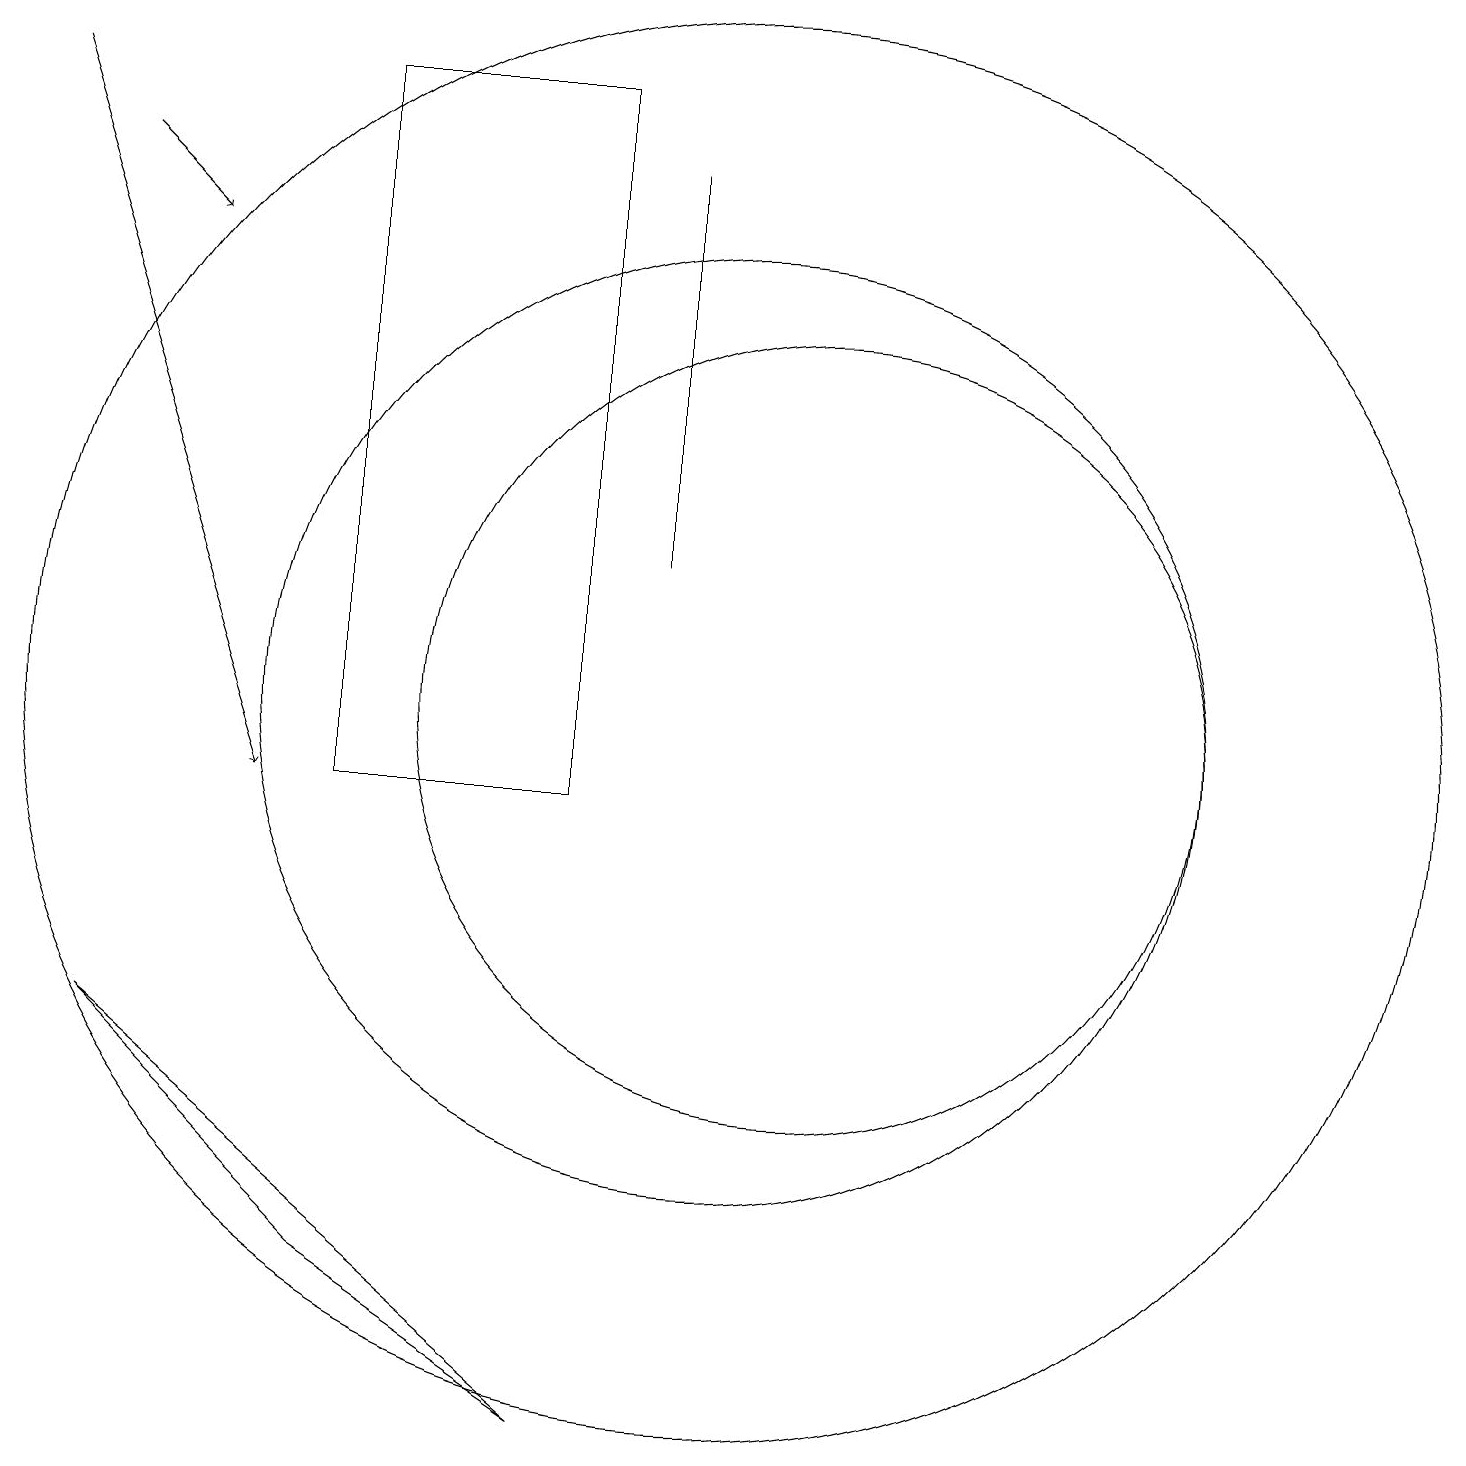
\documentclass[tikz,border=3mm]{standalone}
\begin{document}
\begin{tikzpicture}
\draw (11,11) circle (5);
\draw[->] (2,18) -- (3,17);
\draw (9,18) rectangle (9,13);
\draw (2,7) -- (5,4) -- (8,2) -- cycle;
\draw (10,11) circle (9);
\draw (8,10) rectangle (5,19);
\draw (10,11) circle (6);
\draw[->] (1,19) -- (4,10);
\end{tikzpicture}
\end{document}